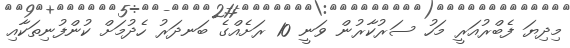
މިދިޔަ ފެބްރުއަރީ މަހު ސަރުކާރުން ވަނީ 10 ރަށެއްގެ ބަނދަރު ހެދުމަށް ކުންފުނިތަކާއި